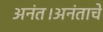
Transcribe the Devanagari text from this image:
अनंत।अनंताचे